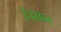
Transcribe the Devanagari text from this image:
हेडएन्ड